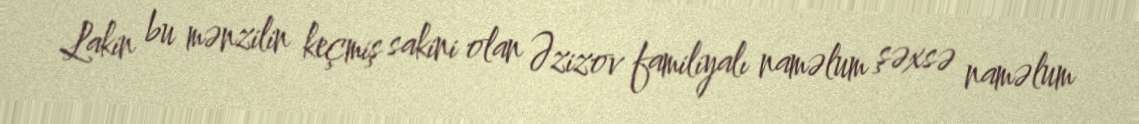
Lakin bu mənzilin keçmiş sakini olan Əzizov familiyalı naməlum şəxsə naməlum